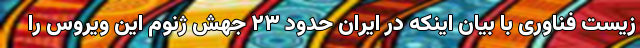
زیست فناوری با بیان اینکه در ایران حدود ۲۳ جهش ژنوم این ویروس را